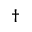
\dagger